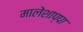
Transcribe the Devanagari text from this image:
मालेशाप्पा